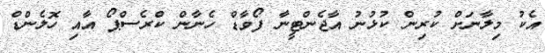
އެކު މިލާނަށް ކުރިން ކުޅުނު އާޖެންޓީނާ ފޯވާޑް ހެނާން ކްރެސްޕޯ އާއި ހޮލެންޑް